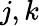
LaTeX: j,k